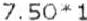
7.50*1